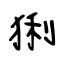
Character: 猁